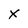
Character: X